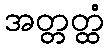
အတ္တတ္ထံ